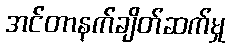
အင်တာနက်ချိတ်ဆက်မှု